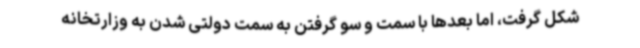
شکل گرفت، اما بعدها با سمت و سو گرفتن به سمت دولتی شدن به وزارتخانه